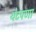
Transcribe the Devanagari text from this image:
थेटपणा